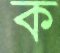
ক